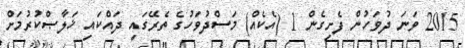
2015 ވަނަ ދުވަހުން ފެށިގެން 1 (އެކެއް) މަސްދުވަހުގެ ތެރޭގައި ދައްކައި ޚަލާޞްކުރުމަށް